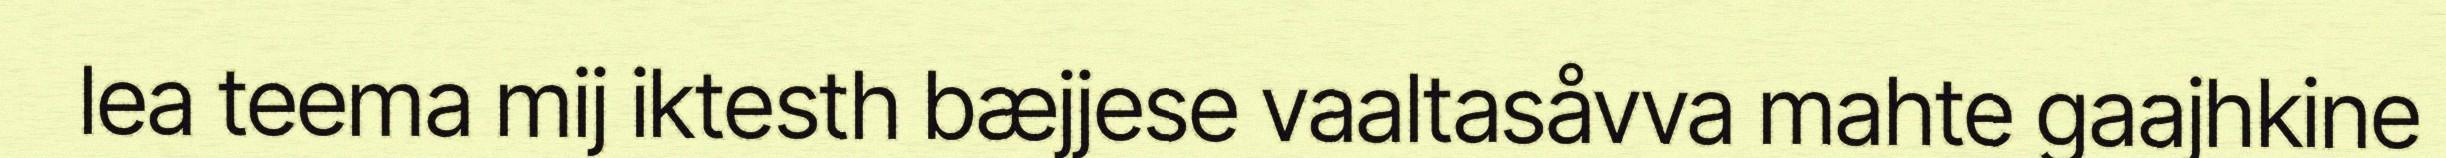
lea teema mij iktesth bæjjese vaaltasåvva mahte gaajhkine